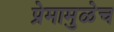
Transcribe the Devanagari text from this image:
प्रेमामुळेच